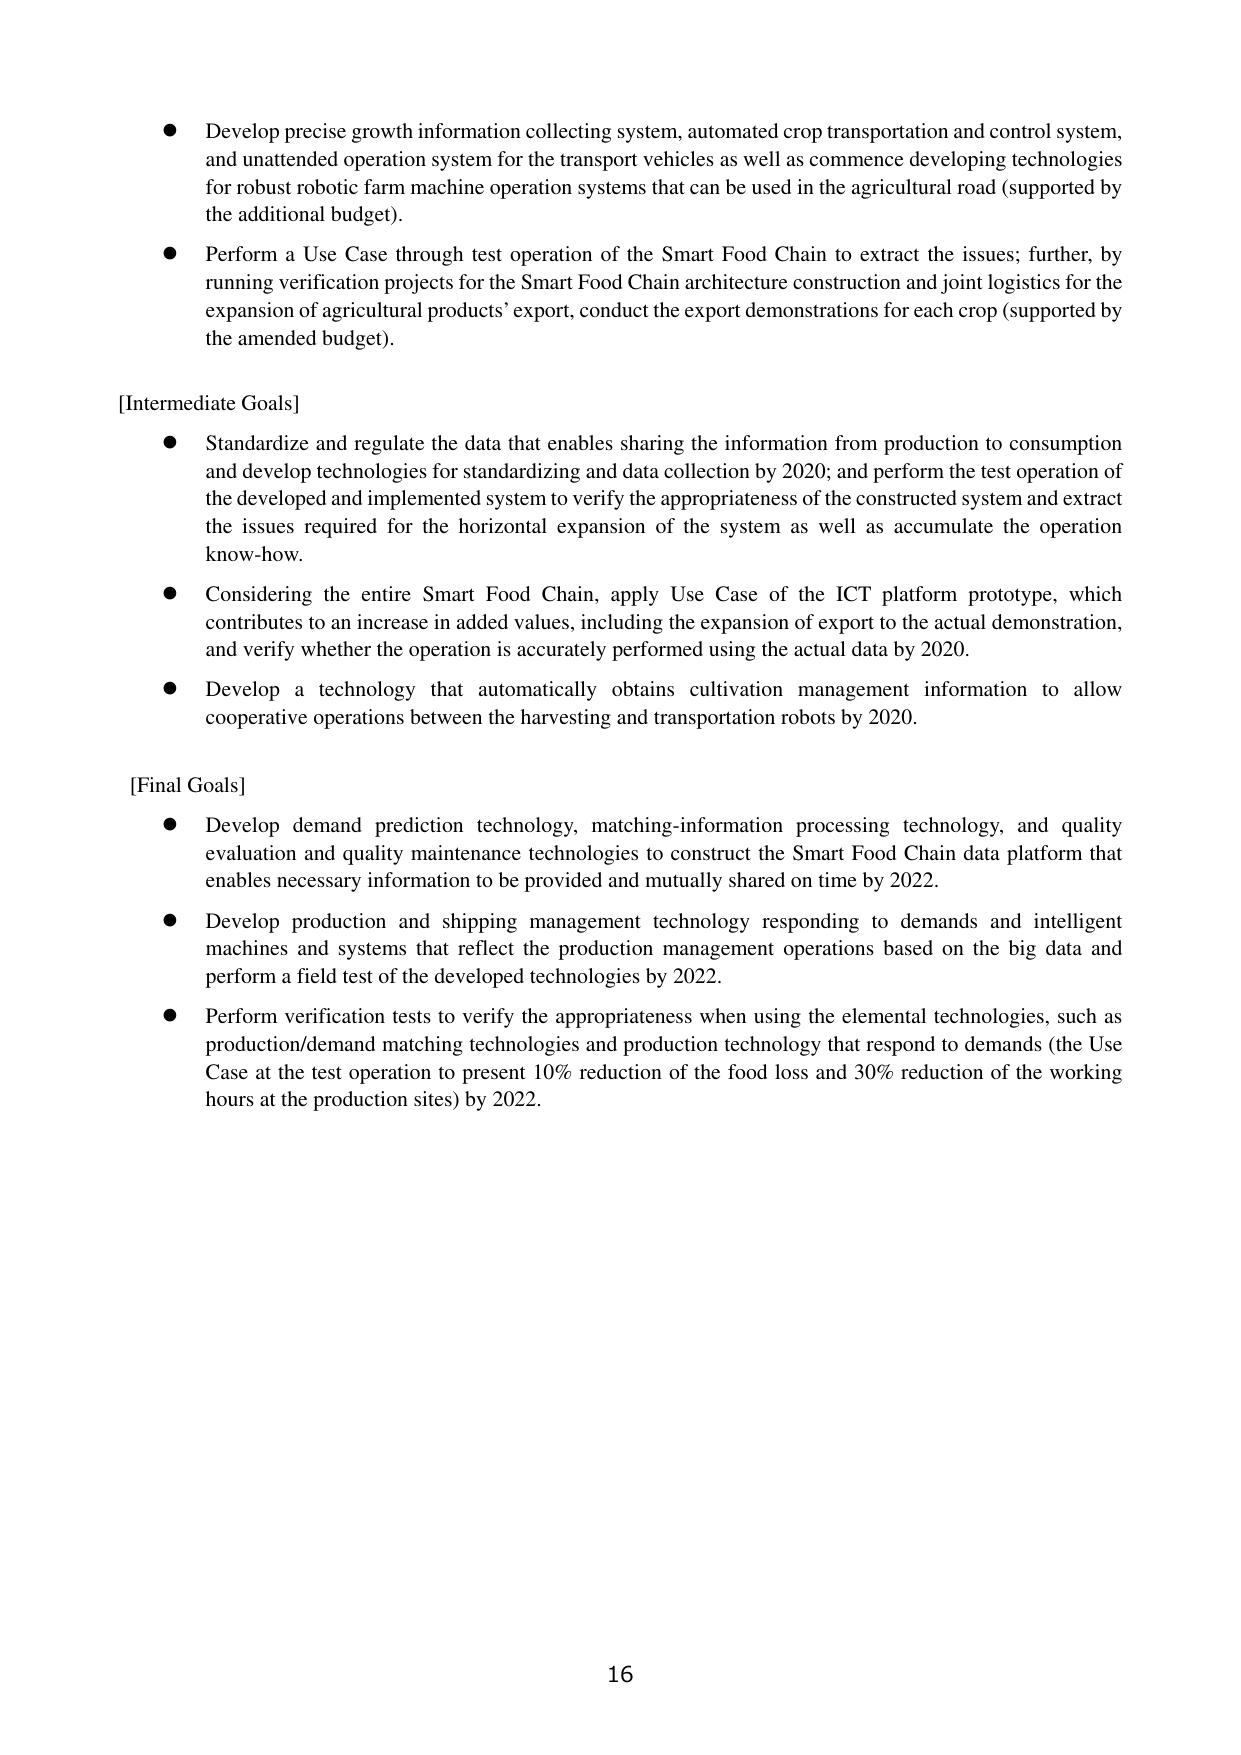
● Develop precise growth information collecting system, automated crop transportation and control system, and unattended operation system for the transport vehicles as well as commence developing technologies for robust robotic farm machine operation systems that can be used in the agricultural road (supported by the additional budget).

● Perform a Use Case through test operation of the Smart Food Chain to extract the issues; further, by running verification projects for the Smart Food Chain architecture construction and joint logistics for the expansion of agricultural products’ export, conduct the export demonstrations for each crop (supported by the amended budget).

[Intermediate Goals]

● Standardize and regulate the data that enables sharing the information from production to consumption and develop technologies for standardizing and data collection by 2020; and perform the test operation of the developed and implemented system to verify the appropriateness of the constructed system and extract the issues required for the horizontal expansion of the system as well as accumulate the operation know-how.

● Considering the entire Smart Food Chain, apply Use Case of the ICT platform prototype, which contributes to an increase in added values, including the expansion of export to the actual demonstration, and verify whether the operation is accurately performed using the actual data by 2020.

● Develop a technology that automatically obtains cultivation management information to allow cooperative operations between the harvesting and transportation robots by 2020.

[Final Goals]

● Develop demand prediction technology, matching-information processing technology, and quality evaluation and quality maintenance technologies to construct the Smart Food Chain data platform that enables necessary information to be provided and mutually shared on time by 2022.

● Develop production and shipping management technology responding to demands and intelligent machines and systems that reflect the production management operations based on the big data and perform a field test of the developed technologies by 2022.

● Perform verification tests to verify the appropriateness when using the elemental technologies, such as production/demand matching technologies and production technology that respond to demands (the Use Case at the test operation to present 10% reduction of the food loss and 30% reduction of the working hours at the production sites) by 2022.

16